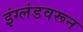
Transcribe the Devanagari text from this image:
इंग्लंडवरून